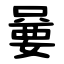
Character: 嘦